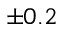
\pm 0 . 2